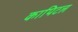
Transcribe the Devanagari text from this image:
कापिटल